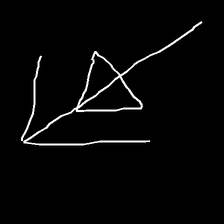
Glyph: pull